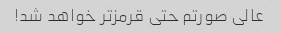
عالی صورتم حتی قرمزتر خواهد شد!